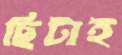
ছিটাই